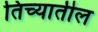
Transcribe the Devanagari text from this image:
तिच्‍यातील